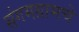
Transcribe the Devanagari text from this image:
संगमग्रामचे